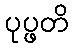
ပုပ္ဖတိ